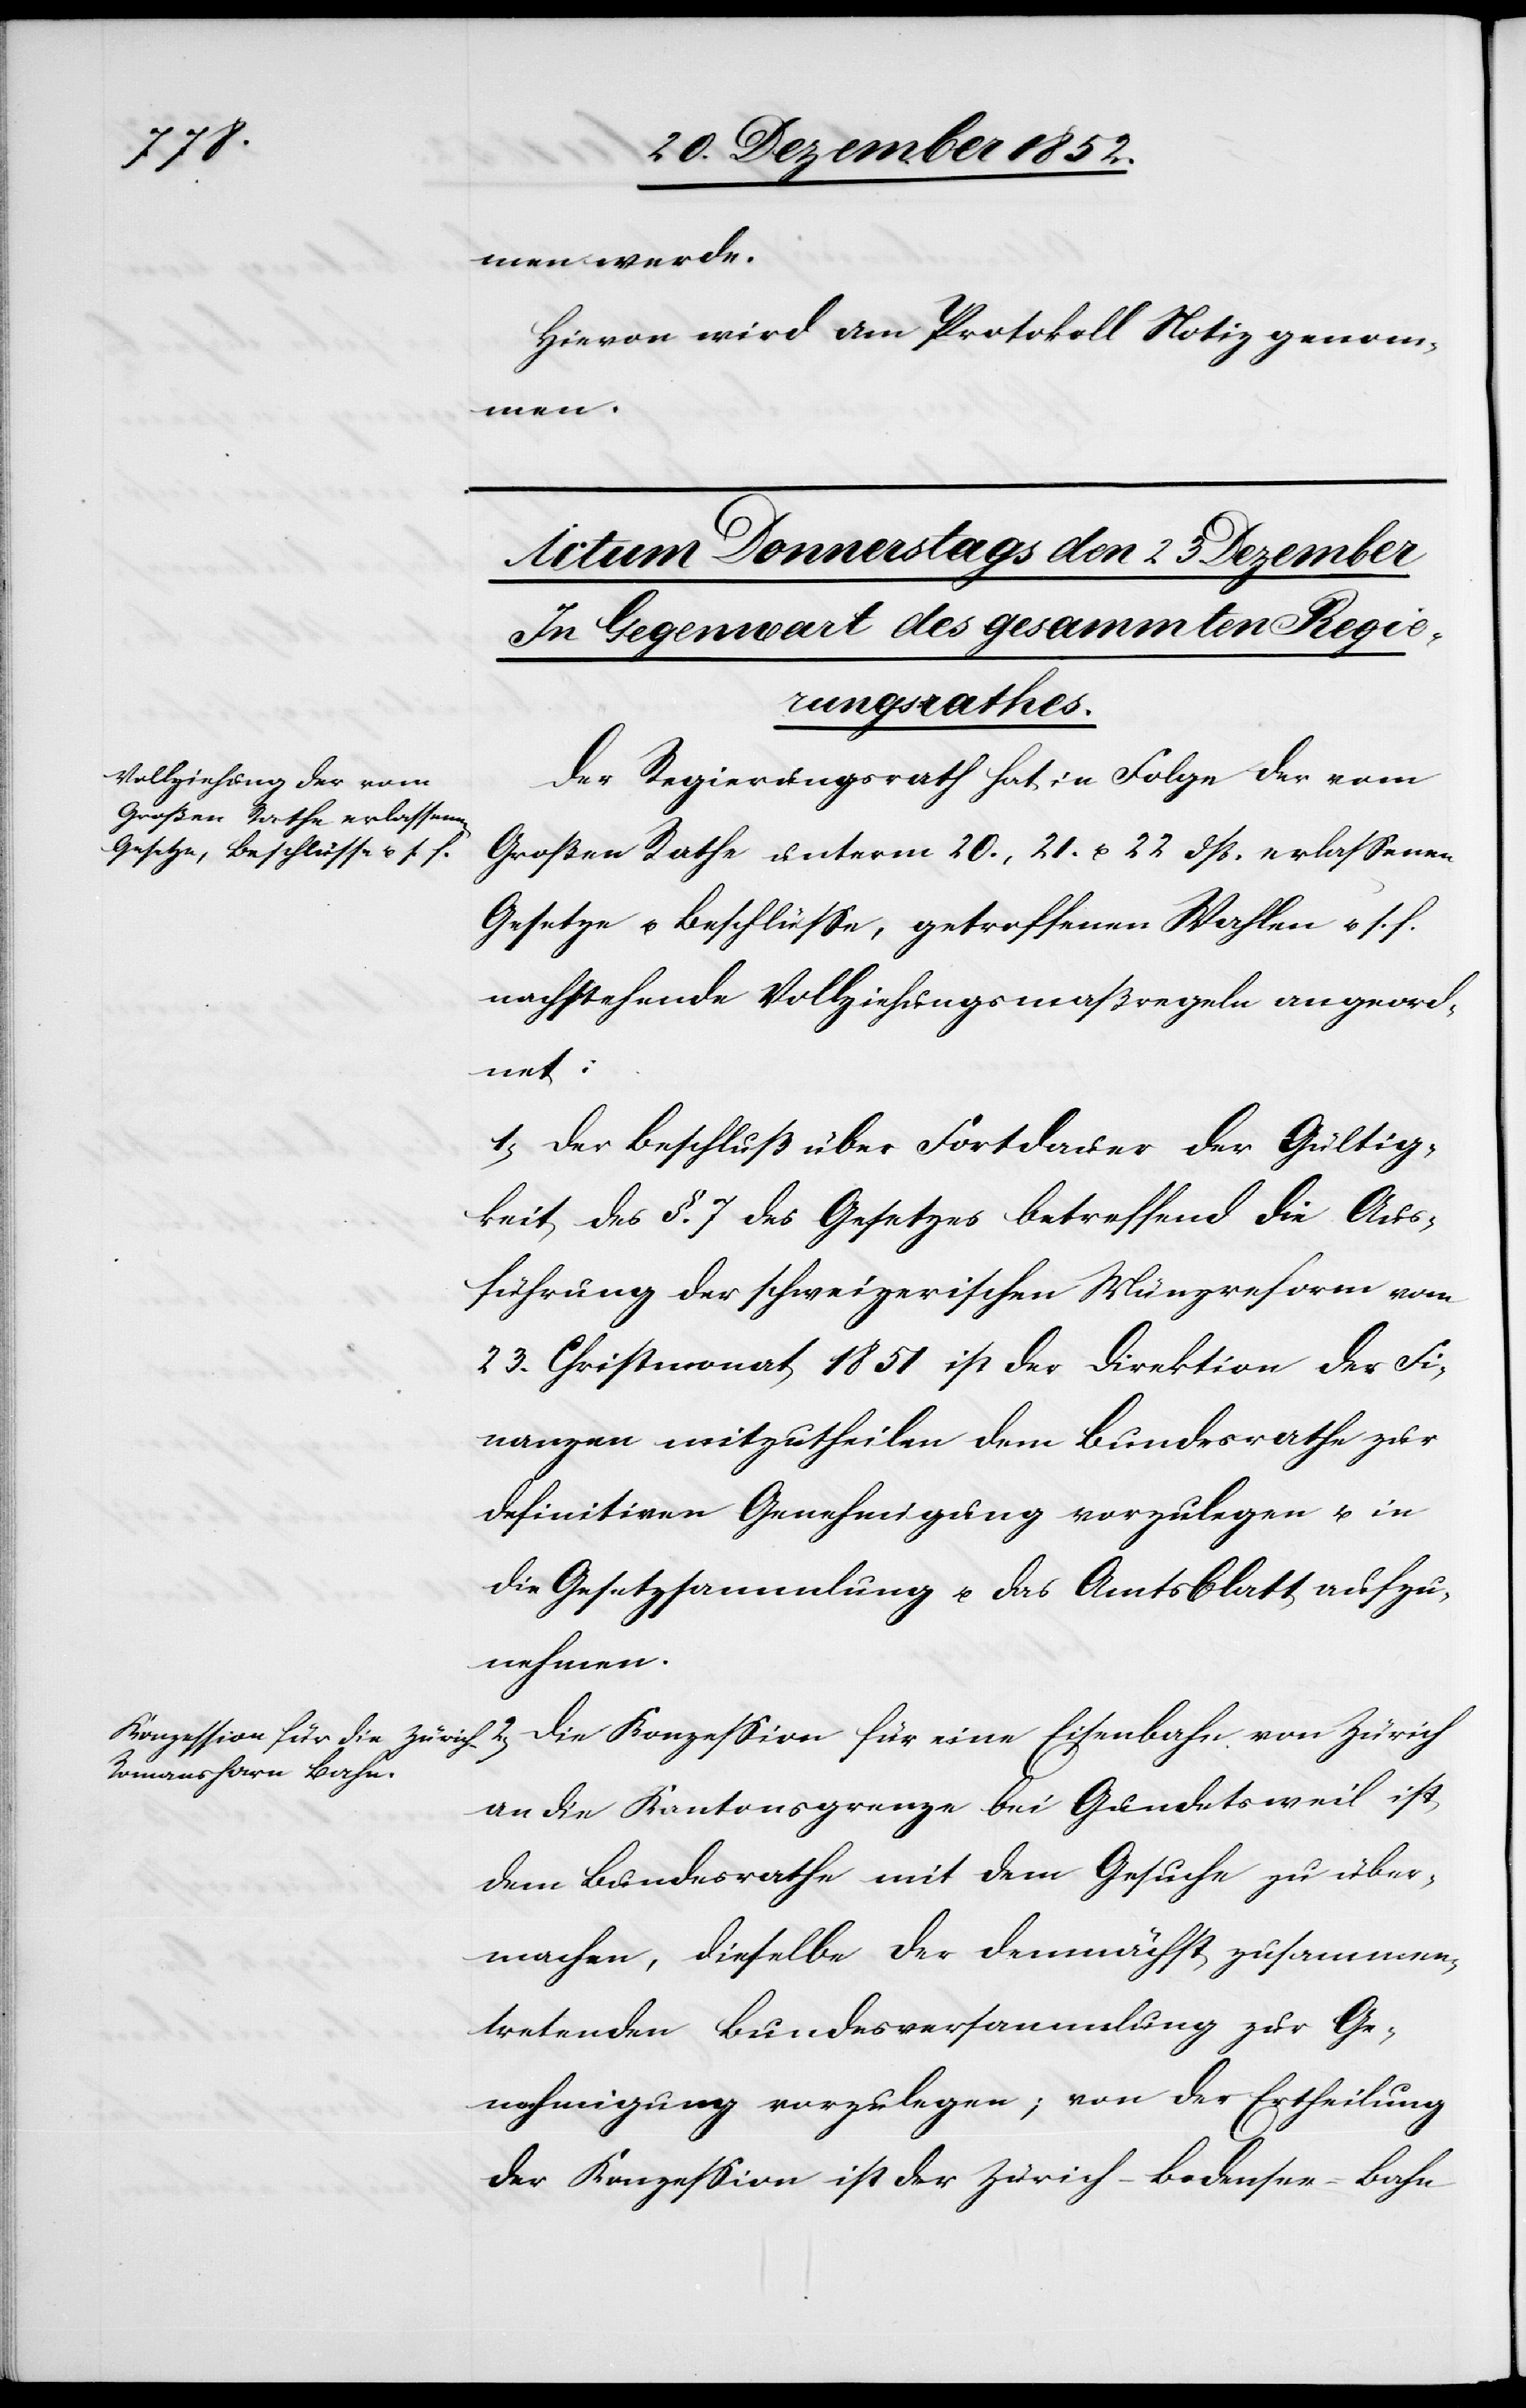
men werde.
Hievon wird am Protokoll Notiz genom¬
men.
Der Regierungsrath hat in Folge der vom
Großen Rathe unterm 20., 21. u. 22 dß. erlassenen
Gesetze u. Beschlüsse, getroffenen Wahlen u. s. f.
nachstehende Vollziehungsmaßregeln angeord¬
net:
1, Der Beschluß über Fortdauer der Gültig¬
keit des §. 7 des Gesetzes betreffend die Aus¬
führung der schweizerischen Münzreform vom
23. Christmonat 1851 ist der Direktion der Fi¬
nanzen mitzutheilen[,] dem Bundesrathe zur
definitiven Genehmigung vorzulegen u. in
die Gesetzsammlung u. das Amtsblatt aufzu¬
nehmen.
2, Die Konzession für eine Eisenbahn von Zürich
an die Kantonsgrenze bei Gundetsweil ist
dem Bundesrathe mit dem Gesuche zu über¬
machen, dieselbe der demnächst zusammen¬
tretenden Bundesversammlung zur Ge¬
nehmigung vorzulegen; von der Ertheilung
der Konzession ist der Zürich-Bodensee-Bahn